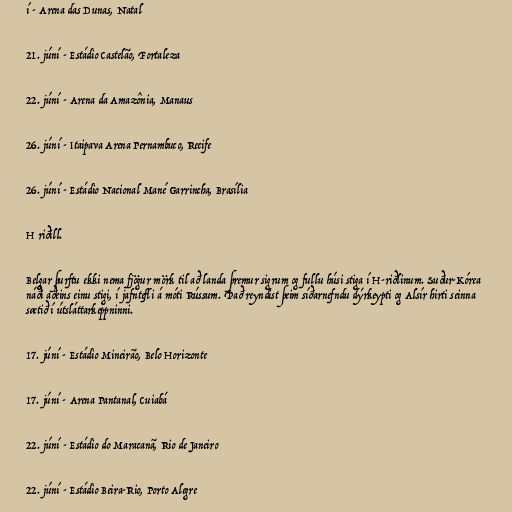
í - Arena das Dunas, Natal

21. júní - Estádio Castelão, Fortaleza

22. júní - Arena da Amazônia, Manaus

26. júní - Itaipava Arena Pernambuco, Recife

26. júní - Estádio Nacional Mané Garrincha, Brasília

H riðill.

Belgar þurftu ekki nema fjögur mörk til að landa þremur sigrum og fullu húsi stiga í H-riðlinum. Suður-Kórea
náði aðeins einu stigi, í jafntefli á móti Rússum. Það reyndist þeim síðarnefndu dýrkeypti og Alsír hirti seinna
sætið í útsláttarkeppninni.

17. júní - Estádio Mineirão, Belo Horizonte

17. júní - Arena Pantanal, Cuiabá

22. júní - Estádio do Maracanã, Rio de Janeiro

22. júní - Estádio Beira-Rio, Porto Alegre